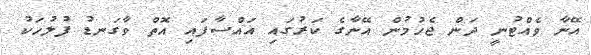
އޭނާ ވެއްޓުނީ ދަން ޖެހުމުން އޭނާގެ ކަރުގައި އައްސާފައި އޮތް ވާގަނޑު ފުލުހަކު